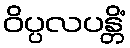
ဝိပ္ပလပန္တိံ